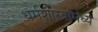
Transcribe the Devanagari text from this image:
धर्मशास्त्रांमध्ये